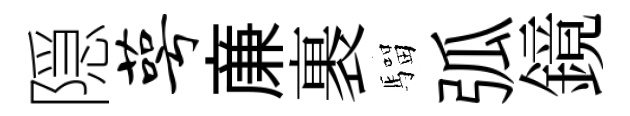
隠萼亷裹騮弧鏡